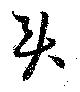
貫